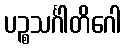
ပဉ္စသင်္ဂါတိဂေါ